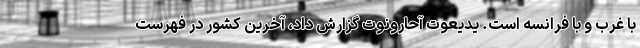
با غرب و با فرانسه است. یدیعوت آحارونوت گزارش داد، آخرین کشور در فهرست